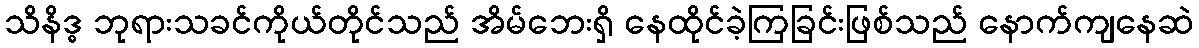
သိနိဒ္ဓ ဘုရားသခင်ကိုယ်တိုင်သည် အိမ်ဘေးရှိ နေထိုင်ခဲ့ကြခြင်းဖြစ်သည် နောက်ကျနေဆဲ